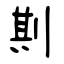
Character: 剘